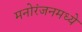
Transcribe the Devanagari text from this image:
मनोरंजनमध्ये